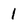
Character: 1